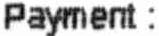
PAYMENT :